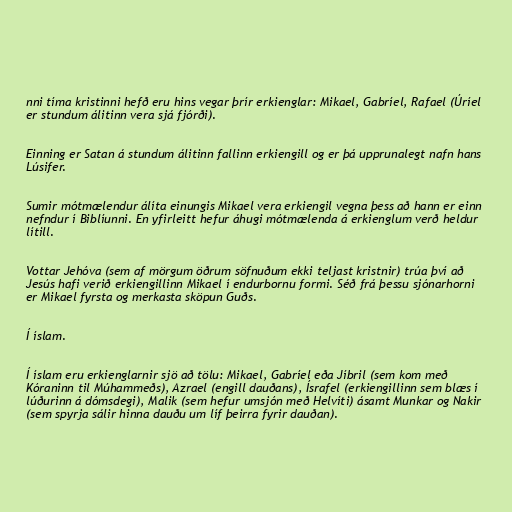
nni tíma kristinni hefð eru hins vegar þrír erkienglar: Mikael, Gabríel, Rafael (Úríel
er stundum álitinn vera sjá fjórði).

Einning er Satan á stundum álitinn fallinn erkiengill og er þá upprunalegt nafn hans
Lúsifer.

Sumir mótmælendur álíta einungis Mikael vera erkiengil vegna þess að hann er einn
nefndur í Biblíunni. En yfirleitt hefur áhugi mótmælenda á erkienglum verð heldur
lítill.

Vottar Jehóva (sem af mörgum öðrum söfnuðum ekki teljast kristnir) trúa því að
Jesús hafi verið erkiengillinn Mikael í endurbornu formi. Séð frá þessu sjónarhorni
er Mikael fyrsta og merkasta sköpun Guðs.

Í íslam.

Í íslam eru erkienglarnir sjö að tölu: Mikael, Gabríel eða Jíbril (sem kom með
Kóraninn til Múhammeðs), Azrael (engill dauðans), Ísrafel (erkiengillinn sem blæs í
lúðurinn á dómsdegi), Malik (sem hefur umsjón með Helvíti) ásamt Munkar og Nakir
(sem spyrja sálir hinna dauðu um líf þeirra fyrir dauðan).